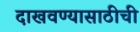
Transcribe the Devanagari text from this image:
दाखवण्यासाठीची